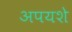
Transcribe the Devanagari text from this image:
अपयशे